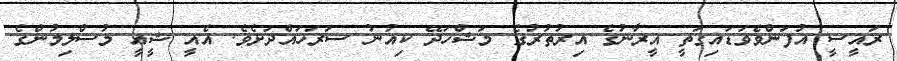
ރައީސީ އުފަންވެވަޑައިގަތީ އީރާނުގެ އިރުތުރުގެ މަޝްހަދޭ ކިއުނު ސަރަހައްދަށެވެ. އެއީ ޝީއީ މުސްލިމުންގެ